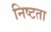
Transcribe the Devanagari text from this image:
निष्टता